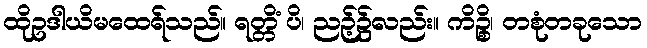
ထိုဥဒါယိမထေရ်သည်။ ရတ္တိံ ပိ၊ ညဉ့်၌လည်း။ ကိဉ္စိ၊ တစုံတခုသော